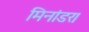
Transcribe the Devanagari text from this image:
मिनांडर।